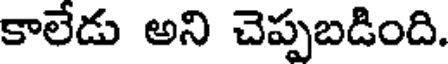
కాలేడు అని చెప్పబడింది.